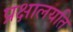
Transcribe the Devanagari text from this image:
प्रक्षालयति